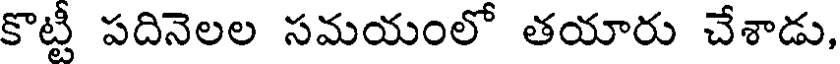
కొట్టీ పదినెలల సమయంలో తయారు చేశాడు,